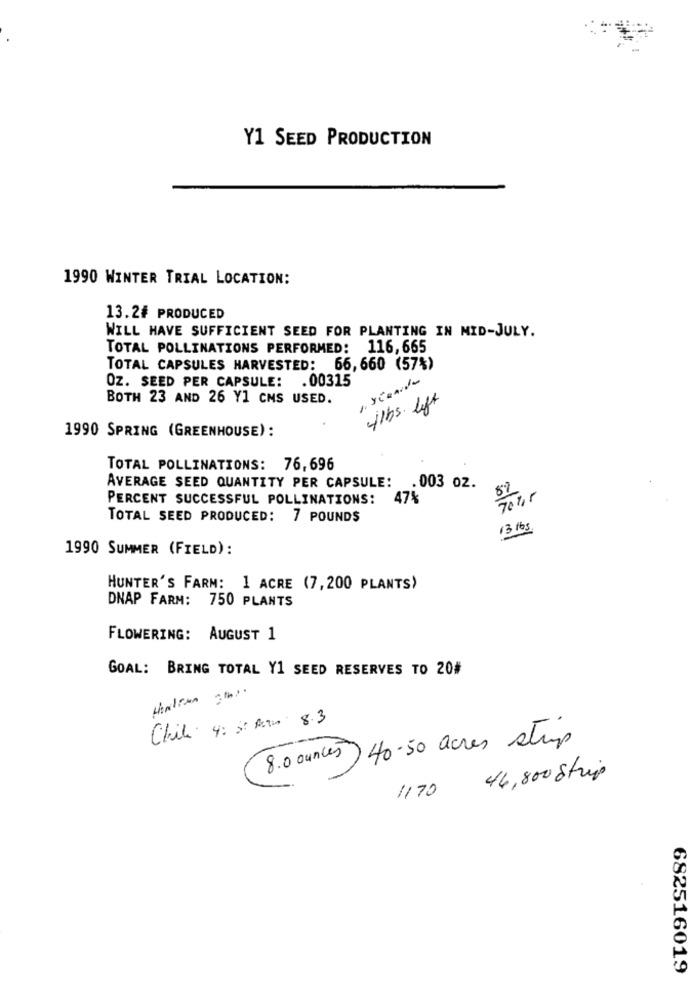
Y1 SEED PRODUCTION
1990 WINTER TRIAL LOCATION:
13.2# PRODUCED
WILL HAVE SUFFICIENT SEED FOR PLANTING IN MID-JULY.
TOTAL POLLINATIONS PERFORMED: 116, 665
TOTAL CAPSULES HARVESTED: 66, 660 (57%)
1. stunde
OZ. SEED PER CAPSULE: . 00315
BOTH 23 AND 26 Y1 CMS USED.
lbs. left
1990 SPRING (GREENHOUSE):
TOTAL POLLINATIONS: 76,696
AVERAGE SEED QUANTITY PER CAPSULE:
.003 oz.
8%
PERCENT SUCCESSFUL POLLINATIONS:
47%
TOTAL SEED PRODUCED: 7 POUNDS
13 lbs
1990 SUMMER (FIELD):
HUNTER'S FARM: 1 ACRE (7, 200 PLANTS)
DNAP FARM: 750 PLANTS
FLOWERING: AUGUST 1
GOAL: BRING TOTAL Y1 SEED RESERVES TO 20#
tintin th ..
Chili 4: 31 Rutin 8.3
8.0 ounces 40-50 acres stup
46,800 Strip
1170
682516019